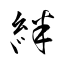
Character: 絆